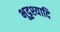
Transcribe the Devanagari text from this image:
भूदृश्यादि